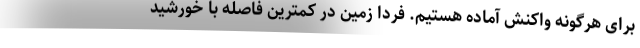
برای هرگونه واکنش آماده هستیم. فردا زمین در کمترین فاصله با خورشید